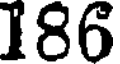
186